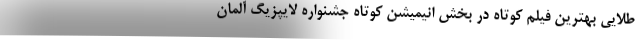
طلایی بهترین فیلم کوتاه در بخش انیمیشن کوتاه جشنواره لایپزیگ آلمان